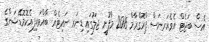
އެސް ބަޖެޓް އެވެއަރނަސް ޕްރޮގްރާމް 2015 މާފުށީ ޖަލުގައި ޑިނަރ ނައިޓެއް ބާއްވައިފިއެކޮމޮޑޭޝަންގެ